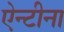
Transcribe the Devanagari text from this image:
ऐन्टीना